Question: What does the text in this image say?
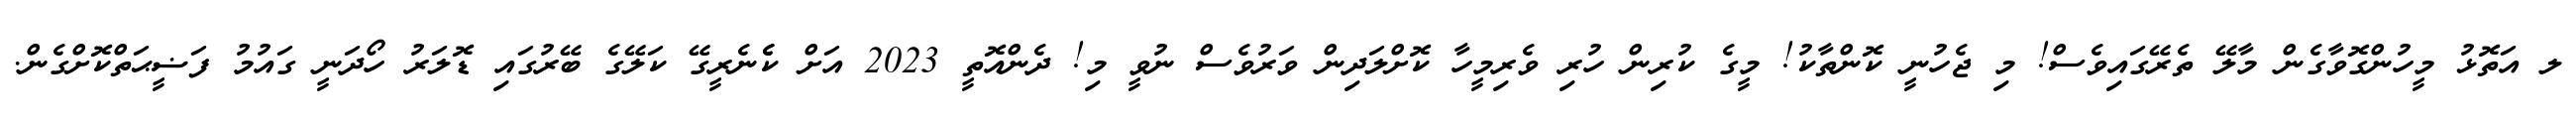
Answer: ލ އަތޮޅު މީހުންގޮވާގެން މާލޭ ތެރޭގައިވެސް! މި ޖެހުނީ ކޮންތާކު! މީގެ ކުރިން ހުރި ވެރިމީހާ ކޮށްލަދިން ވަރުވެސް ނުވީ މި! ދެންއޮތީ 2023 އަށް ކެެނެރީގޭ ކަލޭގެ ބޭރުގައި ޑޮލަރު ހޯދަނީ ގައުމު ފަޟީޙަތްކޮށްގެން.